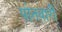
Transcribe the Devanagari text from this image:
पोतवारी